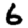
Digit: 6